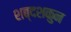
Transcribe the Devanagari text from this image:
शब्दशकुन